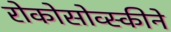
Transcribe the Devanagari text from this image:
रोकोसोव्स्कीने